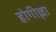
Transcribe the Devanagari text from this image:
होगील्ला